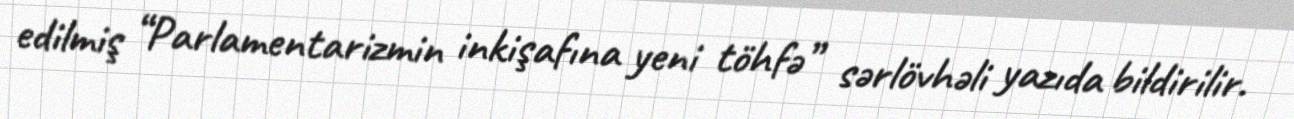
edilmiş “Parlamentarizmin inkişafına yeni töhfə” sərlövhəli yazıda bildirilir.